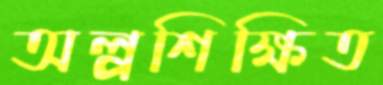
অল্পশিক্ষিত